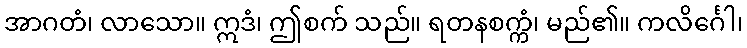
အာဂတံ၊ လာသော။ ဣဒံ၊ ဤစက် သည်။ ရတနစက္ကံ၊ မည်၏။ ကလိင်္ဂေါ၊